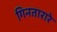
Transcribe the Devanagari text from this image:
गिनतारारे